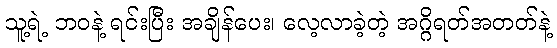
သူ့ရဲ့ ဘဝနဲ့ ရင်းပြီး အချိန်ပေး၊ လေ့လာခဲ့တဲ့ အဂ္ဂိရတ်အတတ်နဲ့